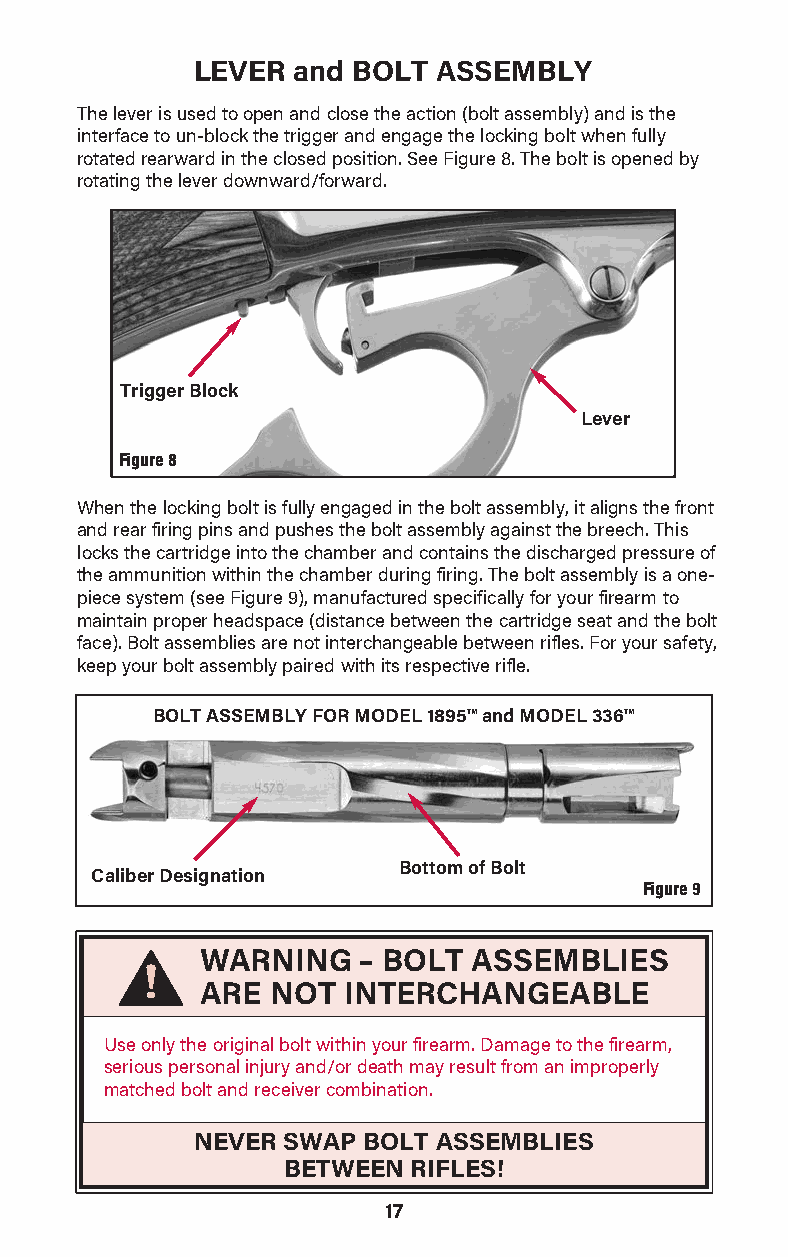
LEVER and BOLT  ASSEMBLY
 The lever is used to open and close the action (bolt assembly) and is the
 interface to un-block the trigger and engage the locking bolt when fully
 rotated rearward in the closed position. See Figure 8. The bolt is opened by
 rotating the lever downward/forward.
 Trigger Block
 Lever
 Figure 8
 When the locking bolt is fully engaged in the bolt assembly, it aligns the front
 and rear firing pins and pushes the bolt assembly against the breech. This
 locks the cartridge into the chamber and contains the discharged pressure of
 the ammunition within the chamber during firing. The bolt assembly is a one-
 piece system (see Figure 9), manufactured specif ically for your firearm to
 maintain proper headspace (distance between the car tridge seat and the bolt
 face). Bolt assem blies are not interchangeable between rifles. For your safety,
 keep your bolt assembly paired with its respective rifle.
 BOLT ASSEMBLY FOR MODEL 1895™ and MODEL 336™
 Bottom of Bolt
 Caliber Designation
 Figure 9
 WARNING–    BOLT  ASSEMBLIES
 ARE  NOT  INTERCHANGEABLE
 Use only the original bolt within your firearm. Damage to the firearm,
 serious personal injury and/or death may result from an improp erly
 matched bolt and receiver combination.
 NEVER SWAP BOLT ASSEMBLIES
 BETWEEN RIFLES!
 17